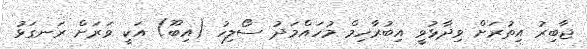
ޖާބިރު އިތުރަށް ވިދާޅުވީ އިބުރާހިމް މުހައްމަދު ސޯލިހު (އިބޫ) އަކީ ވަރަށް ރަނގަޅު